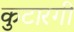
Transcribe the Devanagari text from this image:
कुटारगी